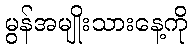
မွန်အမျိုးသားနေ့ကို